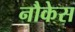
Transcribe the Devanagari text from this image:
नौकेस